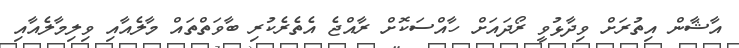
އާޝާން އިތުރަށް ވިދާޅުވީ ރޯދައަށް ހާއްސަކޮށް ރާއްޖެ އެތެރެކުރި ބާވަތްތައް މާލެއާއި ވިލިމާލެއާއި